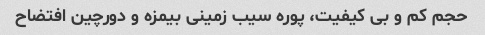
حجم کم و بی کیفیت، پوره سیب زمینی بیمزه و دورچین افتضاح